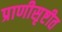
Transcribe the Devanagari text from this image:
प्राणीसृष्टीत